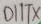
Text: D1/TX